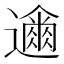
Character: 𮟞